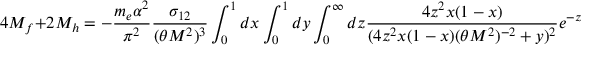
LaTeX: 4 { \cal M } _ { f } + 2 { \cal M } _ { h } = - { \frac { m _ { e } \alpha ^ { 2 } } { \pi ^ { 2 } } } { \frac { \sigma _ { 1 2 } } { ( \theta M ^ { 2 } ) ^ { 3 } } } \int _ { 0 } ^ { 1 } d x \int _ { 0 } ^ { 1 } d y \int _ { 0 } ^ { \infty } d z { \frac { 4 z ^ { 2 } x ( 1 - x ) } { ( 4 z ^ { 2 } x ( 1 - x ) ( \theta M ^ { 2 } ) ^ { - 2 } + y ) ^ { 2 } } } e ^ { - z } \ .